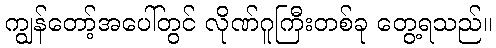
ကျွန်တော့်အပေါ်တွင် လိုဏ်ဂူကြီးတစ်ခု တွေ့ရသည်။